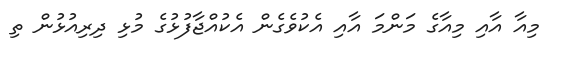
މިއާ އާއި މިއާގެ މަންމަ އާއި އެކުވެގެން އެކުއްޖާފުޅުގެ މުޅި ދިރިއުޅުން ތި